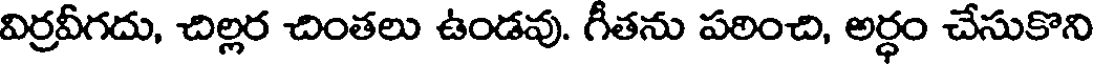
విర్రవీగదు, చిల్లర చింతలు ఉండవు. గీతను పఠించి, అర్ధం చేసుకొని